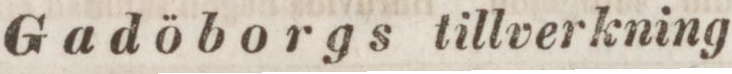
Gadöborgs tillverkning